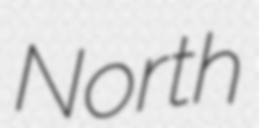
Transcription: North